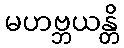
မဟဗ္ဘယန္တိ